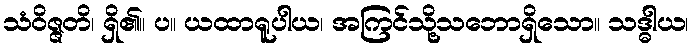
သံဝိဇ္ဇတိ၊ ရှိ၏။ ပ။ ယထာရူပါယ၊ အကြင်သို့သဘောရှိသော။ သဒ္ဓါယ၊